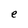
Character: e